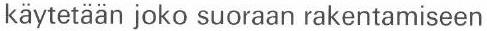
käytetään joko suoraan rakentamiseen